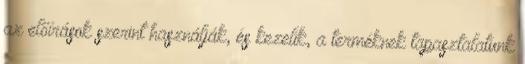
az előírások szerint használják, és kezelik, a terméknek tapasztalatunk